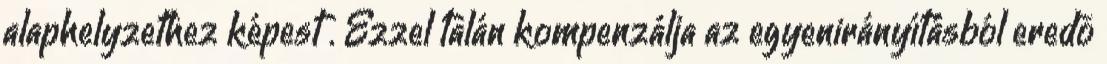
alaphelyzethez képest . Ezzel talán kompenzálja az egyenirányításból eredõ